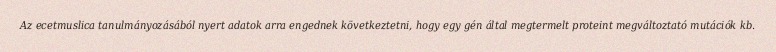
Az ecetmuslica tanulmányozásából nyert adatok arra engednek következtetni, hogy egy gén által megtermelt proteint megváltoztató mutációk kb.